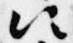
次